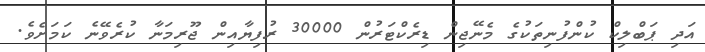
އަދި ޕަބްލިކް ކުންފުނިތަކުގެ މެނޭޖިން ޑިރެކްޓަރުން 30000 ރުފިޔާއިން ޖޫރިމަނާ ކުރެވޭނެ ކަމަށެވެ.